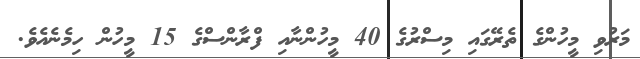
މަރުވި މީހުންްގެ ތެރޭގައި މިސްރުގެ 40 މީހުންނާއި ފްރާންސްގެ 15 މީހުން ހިމެނެއެވެ.